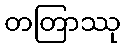
တတြာဿု